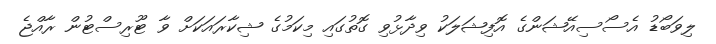
ލިވަބޯޑު އެސޯސިއޭޝަންގެ އޮފިޝަލަކު ވިދާޅުވި ގޮތުގައި މިކަމުގެ ޝިކާރައަކަށް ވާ ޓޫރިސްޓުން ރާއްޖެ